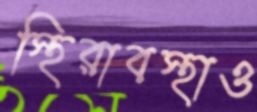
স্থিরাবস্থাও